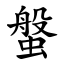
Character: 螌